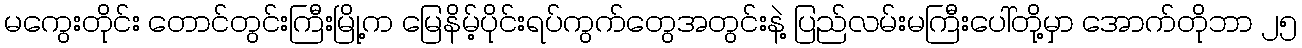
မကွေးတိုင်း တောင်တွင်းကြီးမြို့က မြေနိမ့်ပိုင်းရပ်ကွက်တွေအတွင်းနဲ့ ပြည်လမ်းမကြီးပေါ်တို့မှာ အောက်တိုဘာ ၂၅